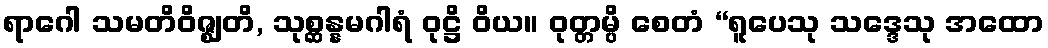
ရာဂေါ သမတိဝိဇ္ဈတိ, သုစ္ဆန္နမဂါရံ ဝုဋ္ဌိ ဝိယ။ ဝုတ္တမ္ပိ စေတံ “ရူပေသု သဒ္ဒေသု အထော